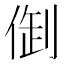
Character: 𠉳